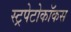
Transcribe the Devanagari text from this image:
स्ट्रपेटोकॉकस